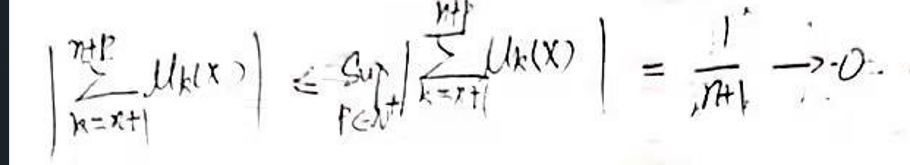
\[
\left| \sum_{k = n+1}^{n+p} u_k(x) \right| \leq \sup_{p \in \mathbb{N}^+} \left| \sum_{k = n+1}^{n+p} u_k(x) \right| = \frac{1}{n+1} \to 0.
\]